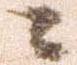
ニ